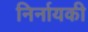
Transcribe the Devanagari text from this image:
निर्नायकी